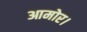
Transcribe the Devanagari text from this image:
आमोर।